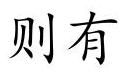
则有